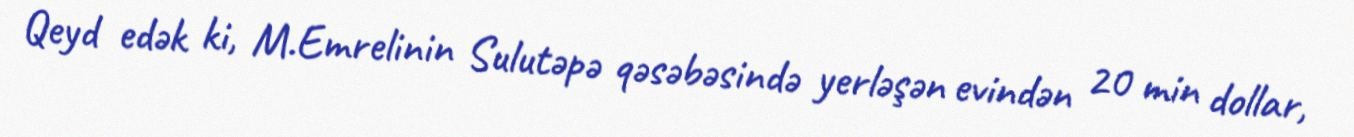
Qeyd edək ki, M.Emrelinin Sulutəpə qəsəbəsində yerləşən evindən 20 min dollar,